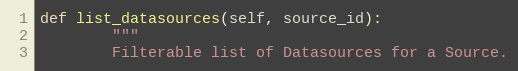
Language: Python
def list_datasources(self, source_id):
        """
        Filterable list of Datasources for a Source.